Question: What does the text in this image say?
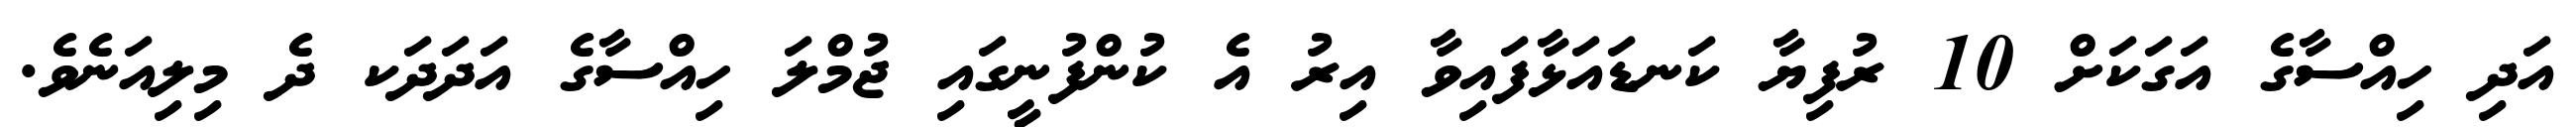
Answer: އަދި ހިއްސާގެ އަގަކަށް 10 ރުފިޔާ ކަނޑައަޅާފައިވާ އިރު އެ ކުންފުނީގައި ޖުމްލަ ހިއްސާގެ އަދަދަކ ދެ މިލިއަނެވެ.